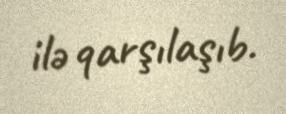
ilə qarşılaşıb.